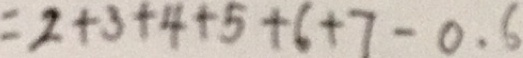
= 2 + 3 + 4 + 5 + 6 + 7 - 0 . 6